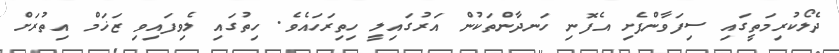
ދެލޯކުރިމަތީގައި ސިފަވާންފެށި އެފޮނި ހަނދާންތަކުން އަރުގައިލީ ހިތިރަހައެވެ. ހިތުގައި ލެވިފައިވި ޒަޚަމް އިތުރަށް